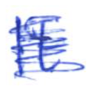
Text: It
Cross-out: scratch
Writing tool: ballpoint